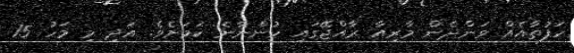
ހަފުތާއެއް ވަންދެން މާރިއާ ރާއްޖޭގައި ހުންނާނެ ކަމަށެވެ. އަދި މި މަހު 15